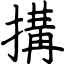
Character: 搆